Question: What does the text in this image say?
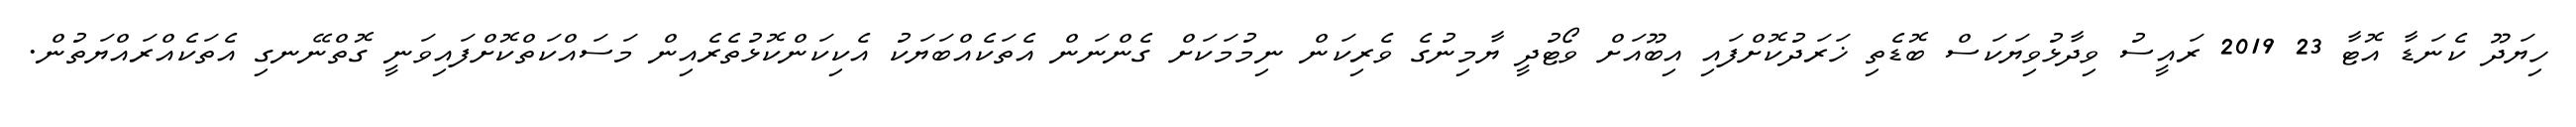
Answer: ހިޔަދޫ ކެނަޑާ އޮޓާ 23 2019 ރައީސު ވިދާޅުވިޔަކަސް ބޮޑެތި ޚަރަދުކޮށްފައި އިބޫއަށް ވޯޓުދީ ޔާމިނުގެ ވެރިކަން ނިމުމަކަށް ގެންނަން އެތަކެއްބަޔަކު އެކިކަންކޮޅުތެރެއިން މަސައްކަތްކޮށްފައިވަނީ ގޮތްނޭނގި އެތަކެއްރައްޔަތުން.